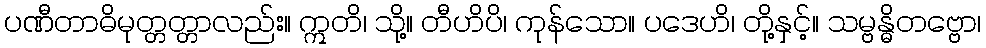
ပဏီတာဓိမုတ္တတ္တာလည်း။ ဣတိ၊ သို့။ တီဟိပိ၊ ကုန်သော။ ပဒေဟိ၊ တို့နှင့်။ သမ္ဗန္ဓိတဗ္ဗော၊